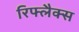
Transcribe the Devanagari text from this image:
रिफ्लैक्‍स